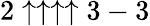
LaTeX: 2\uparrow\uparrow\uparrow\uparrow 3-3